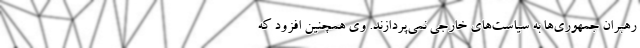
رهبران جمهوری‌ها به سیاست‌های خارجی نمی‌پردازند. وی همچنین افزود که